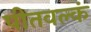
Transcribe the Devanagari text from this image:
पीतवल्कं